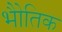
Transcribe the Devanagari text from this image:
भोैतिक